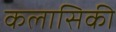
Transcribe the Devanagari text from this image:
कलासिकी